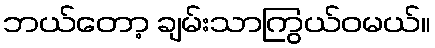
ဘယ်တော့ ချမ်းသာကြွယ်ဝမယ်။